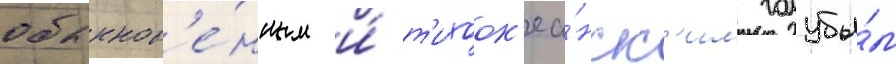
обыкнов'е́нным и́ т'ихоок'еа́нск'им голубы́м